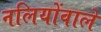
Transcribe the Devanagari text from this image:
नलियोंवाले